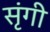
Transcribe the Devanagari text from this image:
सृंगी